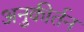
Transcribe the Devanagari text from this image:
अनुकीर्तन